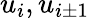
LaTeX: u_{i},u_{i\pm 1}